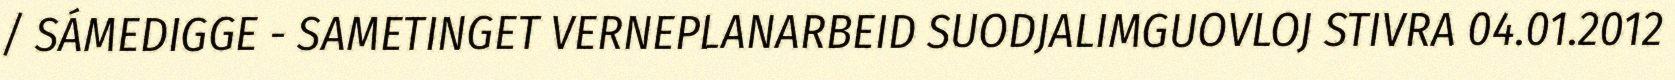
/ SÁMEDIGGE - SAMETINGET VERNEPLANARBEID SUODJALIMGUOVLOJ STIVRA 04.01.2012